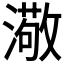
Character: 𤀂